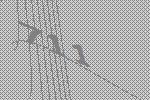
711